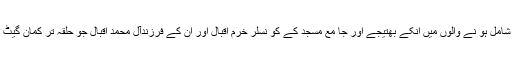
شعیب اقبال کے ساتھ کانگریس میں شامل ہو نے والوں میں انکے بھتیجے اور جا مع مسجد کے کو نسلر خرم اقبال اور ان کے فرزندآل محمد اقبال جو حلقہ تر کمان گیٹ کے کونسلر بھی ہیں بھی شا مل ہیں۔